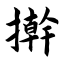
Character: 擀